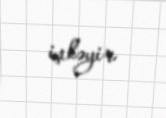
işləyir.